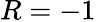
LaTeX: R=-1